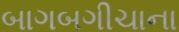
બાગબગીચાના